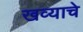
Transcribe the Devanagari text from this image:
खव्याचे